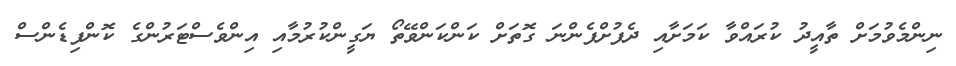
ނިންމެވުމަށް ތާއީދު ކުރައްވާ ކަމަށާއި ދެފުށްފެންނަ ގޮތަށް ކަންކަންވޭތޯ ޔަގީންކުރުމާއި އިންވެސްޓަރުންގެ ކޮންފިޑެންސް